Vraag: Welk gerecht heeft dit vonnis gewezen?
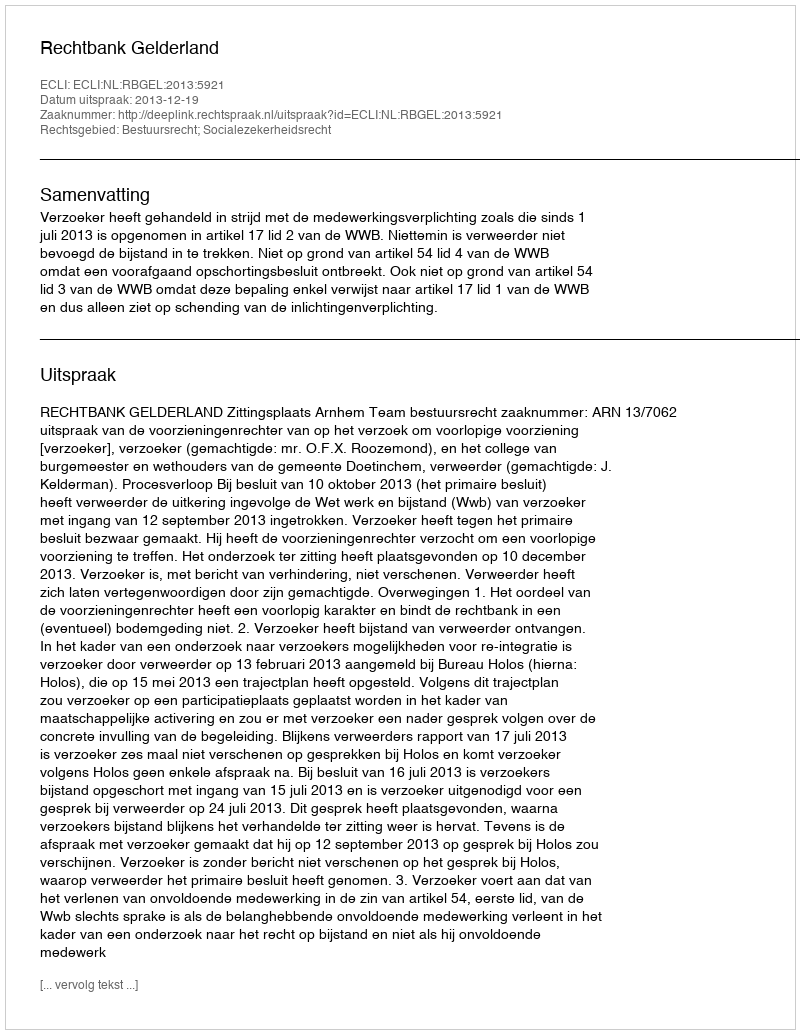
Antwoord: Rechtbank Gelderland